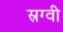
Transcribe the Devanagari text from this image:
स्रग्वी